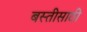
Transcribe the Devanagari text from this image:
बस्तीसाठी